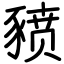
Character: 豮